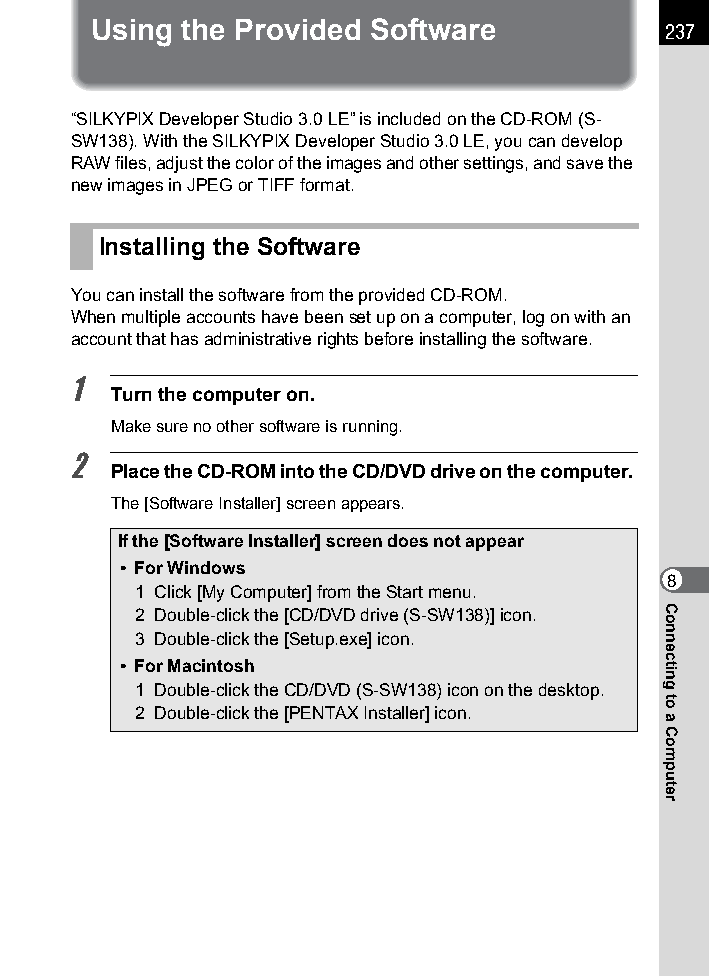
Using the Provided Software           237
 “SILKYPIX Developer Studio 3.0 LE” is included on the CD-ROM (S-
 SW138). With the SILKYPIX Developer Studio 3.0 LE, you can develop
 RAW files, adjust the color of the images and other settings, and save the
 new images in JPEG or TIFF format.
 Installing the Software
 You can install the software from the provided CD-ROM.
 When multiple accounts have been set up on a computer, log on with an
 account that has administrative rights before installing the software.
 1
 Turn the computer on.
 Make sure no other software is running.
 2
 Place the CD-ROM into the CD/DVD drive on the computer.
 The [Software Installer] screen appears.
 If the [Software Installer] screen does not appear
 • For Windows
 8
 1 Click [My Computer] from the Start menu.
 2 Double-click the [CD/DVD drive (S-SW138)] icon.
 3 Double-click the [Setup.exe] icon.
 • For Macintosh
 1 Double-click the CD/DVD (S-SW138) icon on the desktop.
 2 Double-click the [PENTAX Installer] icon.
 Connecting
 to
 a
 Computer